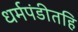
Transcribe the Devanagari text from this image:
धर्मपंडीतहि